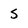
Character: 5